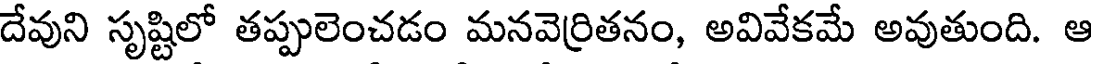
దేవుని సృష్టిలో తప్పులెంచడం మనవెర్రితనం, అవివేకమే అవుతుంది. ఆ